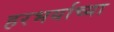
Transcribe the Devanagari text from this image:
हरभर्याच्या